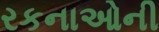
રકનાઓની